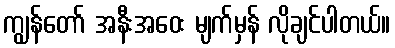
ကျွန်တော် အနီးအဝေး မျက်မှန် လိုချင်ပါတယ်။